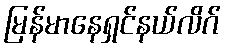
မြန်မာနေရှင်နယ်လိဂ်